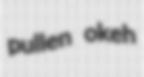
pullen okeh